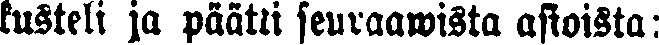
kusteli ja päätti seuraawista asioista: